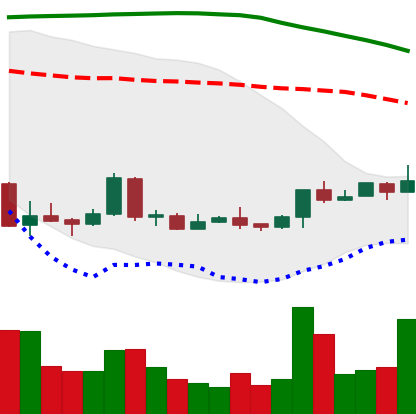
Ticker: LTC-USD
Chart end date: 2018-04-17
Forward return: 10.416%
Label: up_7plus